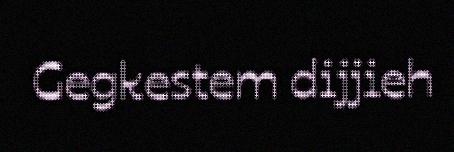
Gegkestem dijjieh